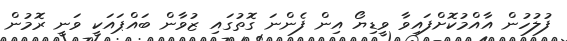
ފުލުހުން އާއްމުކޮށްފައިވާ ވީޑިޔޯ އިން ފެންނަ ގޮތުގައި ޒުވާން ބައްޕައަކީ ވަނީ ރޮމުން